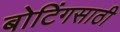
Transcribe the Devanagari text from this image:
बोटिंगसाठी